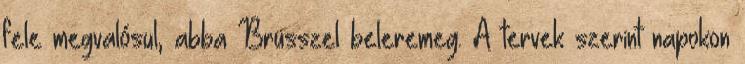
fele megvalósul, abba Brüsszel beleremeg. A tervek szerint napokon